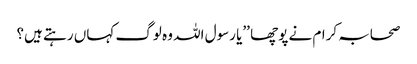
صحابہ کرام نے پوچھا ’’یا رسول اللہ وہ لوگ کہاں رہتے ہیں؟